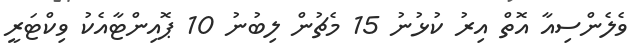
ވެލެންސިއާ އޮތް އިރު ކުޅުނު 15 މެޗުން ލިބުނު 10 ޕޮއިންޓާއެކު ވިކްޓަރީ